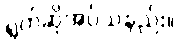
ရွတ်ဆိုအပ်သနည်း။